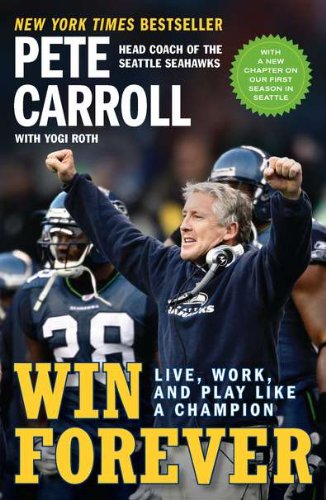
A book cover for Win Forever: Live, Work, and Play Like a Champion; Peter N. Carroll; Sports & Outdoors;